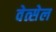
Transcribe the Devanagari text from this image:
वेत्सेल